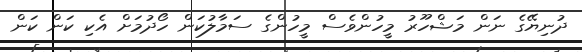
ދުނިޔޭގެ ނަން މަޝްހޫރު މީހުންވެސް މީހުންގެ ސަމާލުކަން ހޯދުމަށް އެކި ކަން ކަން